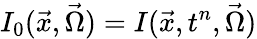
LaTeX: I_{0}(\vec{x},\vec{\Omega})=I(\vec{x},t^{n},\vec{\Omega})